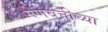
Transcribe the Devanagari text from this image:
मेणबत्तीच्या